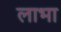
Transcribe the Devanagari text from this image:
लाभा